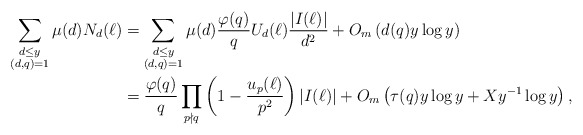
\begin{align*}\sum_{\substack{d\leq y\\(d,q)=1}}\mu(d)N_d(\ell)&=\sum_{\substack{d\leq y\\(d,q)=1}}\mu(d)\frac{\varphi(q)}{q}U_d(\ell)\dfrac{\left|I(\ell)\right|}{d^2}+O_m\left(d(q)y\log y\right)\\&=\frac{\varphi(q)}{q}\prod_{p\nmid q}\left(1-\frac{u_p(\ell)}{p^2}\right)\left|I(\ell)\right|+O_m\left(\tau(q)y\log y+Xy^{-1}\log y\right),\end{align*}